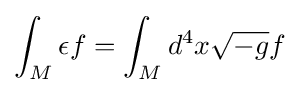
\int _{M}\epsilon f=\int _{M}d^{4}x{\sqrt {-g}}f